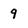
Character: 9